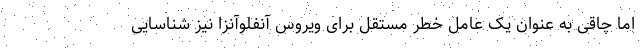
اما چاقی به عنوان یک عامل خطر مستقل برای ویروس آنفلوآنزا نیز شناسایی